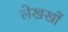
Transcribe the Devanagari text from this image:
लेखखों